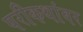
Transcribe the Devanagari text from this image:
परीकथांवर